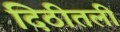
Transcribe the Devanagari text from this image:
दिठीतली